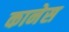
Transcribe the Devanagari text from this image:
कानेस